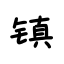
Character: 镇